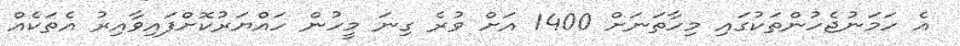
އެ ހަމަނުޖެހުންތަކުގައި މިހާތަނަށް 1400 އަށް ވުރެ ގިނަ މީހުން ހައްޔަރުކޮށްފައިވާއިރު އެތަކެއް